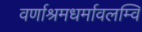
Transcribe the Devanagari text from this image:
वर्णाश्रमधर्मावलम्वि